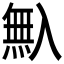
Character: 𠓺